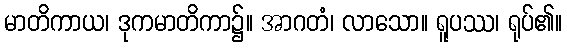
မာတိကာယ၊ ဒုကမာတိကာ၌။ အာဂတံ၊ လာသော။ ရူပဿ၊ ရုပ်၏။